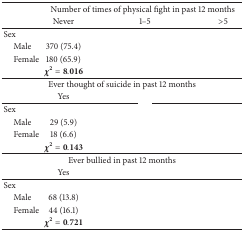
<table><thead><tr><td>[EMPTY_CELL]</td><td colspan="3"><b>Number of times of physical fight in past 12 months</b></td></tr><tr><td>[EMPTY_CELL]</td><td><b>Never</b></td><td><b>1–5</b></td><td><b>&gt;5</b></td></tr></thead><tbody><tr><td>Sex</td><td>[EMPTY_CELL]</td><td>[EMPTY_CELL]</td><td>[EMPTY_CELL]</td></tr><tr><td> Male</td><td>370 (75.4)</td><td>[EMPTY_CELL]</td><td>[EMPTY_CELL]</td></tr><tr><td> Female</td><td>180 (65.9)</td><td>[EMPTY_CELL]</td><td>[EMPTY_CELL]</td></tr><tr><td>[EMPTY_CELL]</td><td><b>χ</b><sup>2</sup> = 8.016</td><td>[EMPTY_CELL]</td><td>[EMPTY_CELL]</td></tr><tr><td>[EMPTY_CELL]</td><td colspan="2">Ever thought of suicide in past 12 months</td><td>[EMPTY_CELL]</td></tr><tr><td>[EMPTY_CELL]</td><td>Yes</td><td>[EMPTY_CELL]</td><td>[EMPTY_CELL]</td></tr><tr><td>Sex</td><td>[EMPTY_CELL]</td><td>[EMPTY_CELL]</td><td>[EMPTY_CELL]</td></tr><tr><td> Male</td><td>29 (5.9)</td><td>[EMPTY_CELL]</td><td>[EMPTY_CELL]</td></tr><tr><td> Female</td><td>18 (6.6)</td><td>[EMPTY_CELL]</td><td>[EMPTY_CELL]</td></tr><tr><td>[EMPTY_CELL]</td><td><b>χ</b><sup>2</sup> = 0.143</td><td>[EMPTY_CELL]</td><td>[EMPTY_CELL]</td></tr><tr><td>[EMPTY_CELL]</td><td colspan="2">Ever bullied in past 12 months</td><td>[EMPTY_CELL]</td></tr><tr><td>[EMPTY_CELL]</td><td>Yes</td><td>[EMPTY_CELL]</td><td>[EMPTY_CELL]</td></tr><tr><td>Sex</td><td>[EMPTY_CELL]</td><td>[EMPTY_CELL]</td><td>[EMPTY_CELL]</td></tr><tr><td> Male</td><td>68 (13.8)</td><td>[EMPTY_CELL]</td><td>[EMPTY_CELL]</td></tr><tr><td> Female</td><td>44 (16.1)</td><td>[EMPTY_CELL]</td><td>[EMPTY_CELL]</td></tr><tr><td>[EMPTY_CELL]</td><td><b>χ</b><sup>2</sup> = 0.721</td><td>[EMPTY_CELL]</td><td>[EMPTY_CELL]</td></tr></tbody></table>